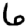
Digit: 6